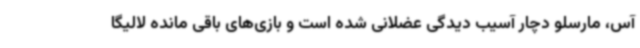
آس، مارسلو دچار آسیب دیدگی عضلانی شده است و بازی‌های باقی مانده لالیگا